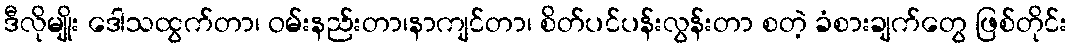
ဒီလိုမျိုး ဒေါသထွက်တာ၊ ဝမ်းနည်းတာ၊နာကျင်တာ၊ စိတ်ပင်ပန်းလွန်းတာ စတဲ့ ခံစားချက်တွေ ဖြစ်တိုင်း